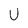
Character: U